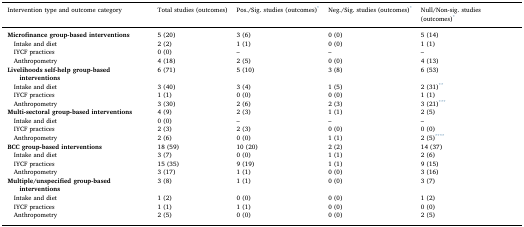
<table><thead><tr><td><b>Intervention type and outcome category</b></td><td><b>Total studies (outcomes)</b></td><td><b>Pos./Sig. studies (outcomes)*</b></td><td><b>Neg./Sig. studies (outcomes)*</b></td><td><b>Null/Non-sig. studies (outcomes)*</b></td></tr></thead><tbody><tr><td><b>Microfinance group-based interventions</b></td><td>5 (20)</td><td>3 (6)</td><td>0 (0)</td><td>5 (14)</td></tr><tr><td> Intake and diet</td><td>2 (2)</td><td>1 (1)</td><td>0 (0)</td><td>1 (1)</td></tr><tr><td> IYCF practices</td><td>0 (0)</td><td>–</td><td>–</td><td>–</td></tr><tr><td> Anthropometry</td><td>4 (18)</td><td>2 (5)</td><td>0 (0)</td><td>4 (13)</td></tr><tr><td><b>Livelihoods self-help group-based interventions</b></td><td>6 (71)</td><td>5 (10)</td><td>3 (8)</td><td>6 (53)</td></tr><tr><td> Intake and diet</td><td>3 (40)</td><td>3 (4)</td><td>1 (5)</td><td>2 (31)**</td></tr><tr><td> IYCF practices</td><td>1 (1)</td><td>0 (0)</td><td>0 (0)</td><td>1 (1)</td></tr><tr><td> Anthropometry</td><td>3 (30)</td><td>2 (6)</td><td>2 (3)</td><td>3 (21)***</td></tr><tr><td><b>Multi-sectoral group-based interventions</b></td><td>4 (9)</td><td>2 (3)</td><td>1 (1)</td><td>2 (5)</td></tr><tr><td> Intake and diet</td><td>0 (0)</td><td>–</td><td>–</td><td>–</td></tr><tr><td> IYCF practices</td><td>2 (3)</td><td>2 (3)</td><td>0 (0)</td><td>0 (0)</td></tr><tr><td> Anthropometry</td><td>2 (6)</td><td>0 (0)</td><td>1 (1)</td><td>2 (5)****</td></tr><tr><td><b>BCC group-based interventions</b></td><td>18 (59)</td><td>10 (20)</td><td>2 (2)</td><td>14 (37)</td></tr><tr><td> Intake and diet</td><td>3 (7)</td><td>0 (0)</td><td>1 (1)</td><td>2 (6)</td></tr><tr><td> IYCF practices</td><td>15 (35)</td><td>9 (19)</td><td>1 (1)</td><td>9 (15)</td></tr><tr><td> Anthropometry</td><td>3 (17)</td><td>1 (1)</td><td>0 (0)</td><td>3 (16)</td></tr><tr><td><b>Multiple/unspecified group-based interventions</b></td><td>3 (8)</td><td>1 (1)</td><td>0 (0)</td><td>3 (7)</td></tr><tr><td> Intake and diet</td><td>1 (2)</td><td>0 (0)</td><td>0 (0)</td><td>1 (2)</td></tr><tr><td> IYCF practices</td><td>1 (1)</td><td>1 (1)</td><td>0 (0)</td><td>0 (0)</td></tr><tr><td> Anthropometry</td><td>2 (5)</td><td>0 (0)</td><td>0 (0)</td><td>2 (5)</td></tr></tbody></table>